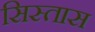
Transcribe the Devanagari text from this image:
सिस्तास